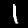
Label: 1